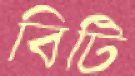
বিটি